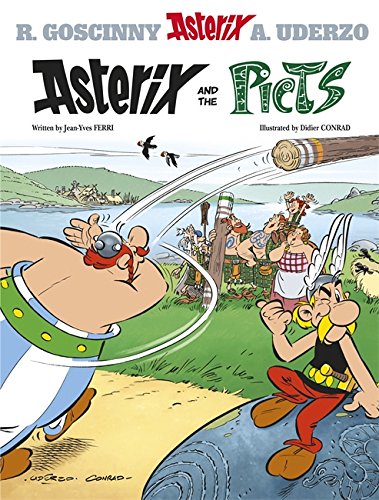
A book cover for Asterix and the Picts; Jean-Yves Ferri; Comics & Graphic Novels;